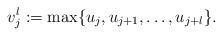
LaTeX: \begin{align*}v_{j}^{l} := \max\{ u_{j}, u_{j+1}, \dots, u_{j+l}\}.\end{align*}